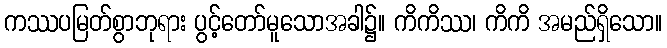
ကဿပမြတ်စွာဘုရား ပွင့်တော်မူသောအခါ၌။ ကိကိဿ၊ ကိကိ အမည်ရှိသော။